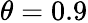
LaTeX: \theta=0.9